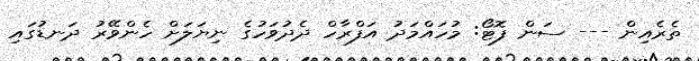
ތެރެއިން --- ސަން ފޮޓޯ: މުހައްމަދު އަފްރާހް ދެދުވަހުގެ ނިޔަލަށް ހެންވޭރު ދަނޑުގައި